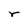
Character: r